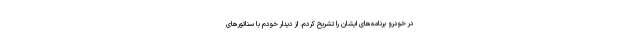
در خودرو برنامه‌های ایشان را تشریح کردم. از دیدار خودم با سناتور‌های